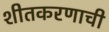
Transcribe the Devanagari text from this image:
शीतकरणाची